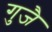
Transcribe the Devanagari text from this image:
गुजै